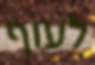
לעוף